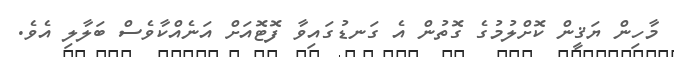
މާހިން ޔަޤީން ކޮށްލުމުގެ ގޮތުން އެ ގަނޑުގައިވާ ފޮޓޮއަށް އަނެއްކާވެސް ބަލާލި އެވެ.